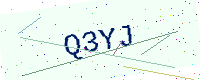
Text: Q3YJ